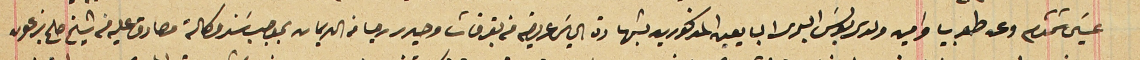
عيسىَ شمشوم وعن طوبيا وامين ولدى بولسَ البحرى البايعين المذكورين بشهادة الياسَ عريضه من بقرقاشا وحيدر رجا من الديمان بموجب سَند وكالة مصادق عليه من شيخ صلح بزعون